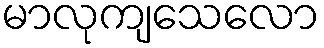
မာလုကျသေလော